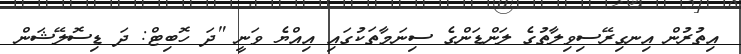
އިތުރުން އިނގިރޭސިވިލާތުގެ ލަންޑަންގެ ސިނަމާތަކުގައި އިއްޔެ ވަނީ "ދަ ހޮބިޓް: ދަ ޑިސޮލޭޝަން